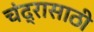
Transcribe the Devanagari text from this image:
चंद्रासाठी